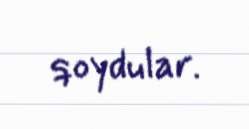
qoydular.